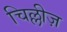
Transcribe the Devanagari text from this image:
चिल्लीज़